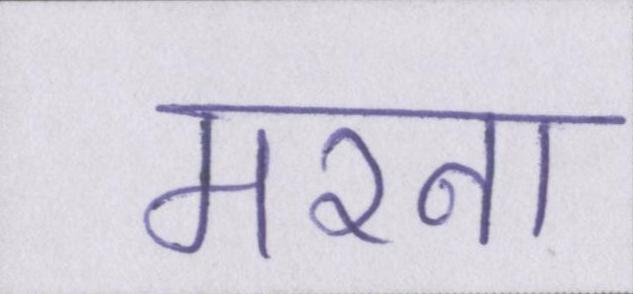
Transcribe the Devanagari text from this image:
मरना